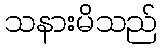
သနားမိသည်